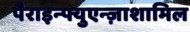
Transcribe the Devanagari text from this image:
पैराइन्फ्युएन्ज़ाशामिल